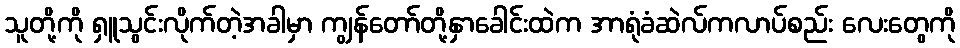
သူတို့ကို ရှူသွင်းလိုက်တဲ့အခါမှာ ကျွန်တော်တို့နှာခေါင်းထဲက အာရုံခံဆဲလ်ကလာပ်စည်း လေးတွေကို